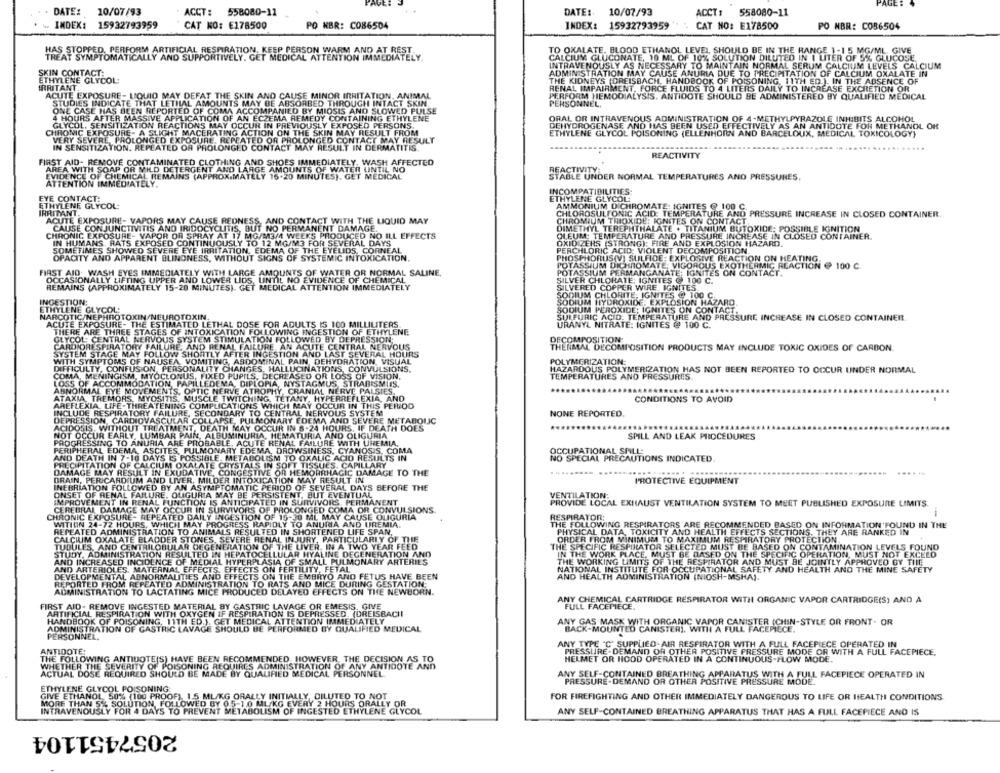
PAGE
DATE: 10/07/93
ACCT: 558080-11
DATE: 10/07/93
ACCT:
558080-11
INDEX: 15932793959
CAT KO: E178500
PO NBR: C086504
INDEX: 15932793959
CAT NO: E178500
PO NBR: C086504
HAS STOPPED, PERFORM ARTIFICIAL RESPIRATION, KEEP PERSON WARM AND AT REST
TO OXALATE. BLOOD ETHANOL LEVEL SHOULD BE IN THE RANGE 1-15 MG/ML. GIVE
TREAT SYMPTOMATICALLY AND SUPPORTIVELY. GET MEDICAL ATTENTION IMMEDIATELY.
CALCIUM GLUCONATE, 10 ML OF 10% SOLUTION DILUTED IN 1 LITER OF 5% GLUCOSE.
INTRAVENOUSLY AS NECESSARY TO MAINTAIN NORMAL SERUM CALCIUM LEVELS CALCIUM
SKIN CONTACT:
ADMIN STRATION MAY CAUSE ANURIA DUE TO PRECIPITATION OF CALCIUM OXALATE IN
ETHYLENE GLYCOL:
IRRITANT.
THE KIDNEYS (OREISBACH, HANDBOOK OF POISONING, 11TH ED.). IN THE ABSENCE OF
ACUTE EXPOSURE- LIQUID MAY DEFAT THE SKIN AND CAUSE MINOR IRRITATION, ANIMAL
RENAL IMPAIRMENT, FORCE FLUIDS TO 4 LITERS DAILY TO INCREASE EXCRETION OR
PERFORM HEMODIALYSIS. ANTIDOTE SHOULD BE ADMINISTERED BY QUALIFIED MEDICAL
STUDIES INDICATE THAT LETHAL AMOUNTS MAY BE ABSORBED THROUGH INTACT SKIN.
PERSONNEL,
ONE CASE HAS BEEN REPORTED OF COMA ACCOMPANIED BY MIOSIS AND SLOWED PULSE
4 HOURS AFTER MASSIVE APPLICATION OF AN ECZEMA REMEDY CONTAINING ETHYLENE
GLYCOL. SENSITIZATION REACTIONS MAY OCCUR IN PREVIOUSLY EXPOSED PERSONS.
DEHYDROGENASE AND HAS BEEN USED EFFECTIVELY AS AN ANTIDOTE FOR METHANOL OR
ORAL OR INTRAVENOUS ADMINISTRATION OF 4-METHYLPYRAZOLE INHIBITS ALCOHOL
CHRONIC EXPOSURE- A SLIGHT MACERATING ACTION ON THE SKIN MAY RESULT FROM
ETHYLENE GLYCOL POISONING (ELLENHORN AND BARCELOUX, MEDICAL TOXICOLOGY}
VERY SEVERE, PROLONGED EXPOSURE, REPEATED OR PROLONGED CONTACT MAY RESULT
IN SENSITIZATION. REPEATED OR PROLONGED CONTACT MAY RESULT IN DERMATITIS
REACTIVITY
FIRST AID- REMOVE CONTAMINATED CLOTHING AND SHOES IMMEDIATELY. WASH AFFECTED
AREA WITH SOAP OR MILD DETERGENT AND LARGE AMOUNTS OF WATER LINTIL NO
REACTIVITY:
EVIDENCE OF CHEMICAL REMAINS (APPROXIMATELY 16.20 MINUTES). GET MEDICAL
STABLE UNDER NORMAL TEMPERATURES AND PRESSURES,
ATTENTION IMMEDIATELY.
INCOMPATIBILITIES:
EYE CONTACT:
ETHYLENE GLYCOL
ETHYLENE GLYCOL:
AMMONIUM DICHROMATE: IGNITES @ 100 C.
IRRITANT.
CHLOROSULTONIC ACID: TEMPERATURE AND PRESSURE INCREASE IN CLOSED CONTAINER.
ACUTE EXPOSURE- VAPORS MAY CAUSE REDNESS, AND CONTACT WITH THE LIQUID MAY
CHROMIUM TRIOXIDE: IGNITES ON CONTACT
CAUSE CONJUNCTIVITIS AND IRIDOCYCLITIS, BUT NO PERMANENT DAMAGE.
DIMETHYL TEREPHTHALATE + TITANIUM BUTOXIDE; POSSIBLE IGNITION
CHRONIC EXPOSURE- VAPOR OR SPRAY AT 17 MG/M3/4 WEEKS PRODUCED NO ILL EFFECTS
OLEUM: TEMPERATURE AND
PRESSURE INCREASE IN CLOSED CONTAINER.
IN HUMANS.RATS EXPOSED CONTINUOUSLY TO 12 MG/M3 FOR SEVERAL DAYS
OXIDIZERS (STRONG): FIRE AND EXPLOSION HAZARD.
SOMETIMES SHOWED SEVERE EYE IRRITATION, EDEMA OF THE EYELIDS, CORNEAL
PERCHLORIC ACID: VIOLENT DECOMPOSITION.
OPACITY AND APPARENT BLINDNESS, WITHOUT SIGNS OF SYSTEMIC INTOXICATION.
PHOSPHORUS(VI SULFIDE:
XPLOSIVE REACTION ON HEATING.
POTASSIUM DICHROMATE; VIGOROUS EXOTHERMIC REACTION @ 100 C.
FIRST AID. WASH EYES IMMEDIATELY WITH LARGE AMOUNTS OF WATER OR NORMAL SALINE,
OCCASIONALLY LIFTING UPPER AND LOWER LIDS, UNTIL NO EVIDENCE OF CHEMICAL
SILVER CHLORATE; IGNITES @ 100 C.
POTASSIUM PERMANGANATE; IGNITES ON CONTACT.
REMAINS (APPROXIMATELY 15-20 MINUTES). GET MEDICAL ATTENTION IMMEDIATELY
SILVERED COPPER WIRE. IGNITES
SODIUM CHLORITE; IGNITES @ 100 C.
INGESTION:
SODIUM
DROXIDE: EXPLOSION HAZARD.
ETHYLENE GLYCOL:
SODIUM PEROXIDE; IGNITES ON CONTACT.
NARCOTIC NEPHROTOXIN/NEUROTOXIN.
SULFURIC ACID. TEMPERATURE AND PRESSURE INCREASE IN CLOSED CONTAINER.
ACUTE EXPOSURE- THE ESTIMATED LETHAL DOSE FOR ADULTS IS 100 MILLILITERS
URANYL NITRATE: IGNITES @ 100 C.
THERE ARE THREE STAGES OF INTOXICATION FOLLOWING INGESTION OF ETHYLENE
GLYCOL: CENTRAL NERVOUS SYSTEM STIMULATION FOLLOWED BY DEPRESSION
DECOMPOSITION
CARDIORESPIRATORY FAILU
AND RENAL FAILURE, AN ACUTE CENTRAL NERVOUS
THERMAL DECOMPOSITION PRODUCTS MAY INCLUDE TOXIC OXIDES OF CARBON.
SYSTEM STAGE MAY FOLLO
WW SHORTLY AFTER INGESTION AND LAST SEVERAL HOURS
WITH SYMPTOMS OF NAUSEA VOMITING, ABDOMINAL PAIN, DEHYDRATION, VISUAL
POLYMERIZATION:
DIFFICULTY, CONFUS ON, PE
ONAL
TY CHANGES, HALL
UCINATIONS, CONVULSIONS,
HAZARDOUS POLYMERIZATION HAS NOT BEEN REPORTED TO OCCUR UNDER NORMAL
COMA, MENINGISM, MYOCLONUS, FIXED PUPILS, DECREASED OR LOSS OF VISION,
TEMPERATURES AND PRESSURES.
LOSS OF ACCOM
MODAT
EMA, DIPLOP
A, NYSTAGMUS STRABISMIIS
ABNORMAL E
IVE ATHE
ANIAL NERVE PALSIES.
ATAXIA, TREMOR
AYOS
TICH
VPERREFLEXIA, AND
CONDITIONS TO AVOID
AREFLEXIA, LIFE-
INCLUDE RESPIRAT
COMP
ARY TO
TIONS W
Y OCCUR IN THIS PERIOD
ERVOUS SYSTEM
TRAL
NONE REPORTED.
DEPRESSION, CARDI
ACIDOSIS.
MA AND SEVERE METABOLIC
HOURS. IF DEATH DOES
NOT OCCU
OCCU
AND OLIGURIA
PROGRESS
TRIA
HEMAT
TURIA
TURE WITH UREMIA
SPILL AND LEAK PROCEDURES
RIPHERAL EDEMA
OCH
ACUI
CUITE R
RENAL
SINES
. CYANOSIS, COMA
ID DEATH IN 7-10
Y EDEMA, D
OXALIC ACID RESULTS IN
OCCUPATIONAL SPILL:
LC PITATION OF C
ABOLISM T
SOFT
CAPILLARY
NO SPECIAL PRECAUTIONS INDICATED
IMAGE MAY RESUL
ALS IN
EMORRHAGIC DAMAGE TO THE
.....
AIN, PERICARDIUM
TAY F
ULT IN
PROTECTIVE EQUIPMENT
INEBRIATION
EBRIATION FOLLOW
ATIC PERIO
SEVERAL DAYS BEFORE THE
ONSET OF RENAL FAI
Y BE PE
TENT
BUT EVENTUAL
VENTILATION;
IMPROV
VIVORS,PERMANENT
PROVIDE LOCAL EXHAUST VENTILATION SYSTEM TO MEET PUBLISHED EXPOSURE LIMITS.
CEREBRAL DAM
URVIVORS OF P
GED COMA OR CONVULSIONS.
CHRONIC EXPOSURE- RE
TION OF 15-20
MAY CAUSE OLIGURIA
RESPIRATOR:
WITIDIN 24-721
URS, W
A AND UREMIA
THE FOLLOWING RESPIRATORS ARE RECOMMENDED BASED ON INFORMATION FOUND IN THE
REPEATED ADMINISTRATION
TO A
TED IN SHORTENED LIFE SPAN,
PHYSICAL DATA, TOXICITY AND HEALTH EFFECTS SECTIONS, THEY ARE RANKED IN
CALCIUM OXALATE BLA
PARTICULARLY OF THE
ORDER FROM MINIMUM TO MAXIMUM RESPIRATORY PROTECTION.
TUBULES, AND CENTRILO
IN A TWO YEAR FEED
THE SPECIFIC RESPIRATOR SELECTED MUST BE BASED ON CONTAMINATION LEVELS FOUND
STUDY, ADMINISTRATION RESULTED
OCEL
ULAR HYALINE DEGENERATION AND
IN THE WORK PLACE, MUST BE BASED ON THE SPECIFIC OPERATION, MUST NOT EXCEED
AND INCREASED INCIDENC
OF MEDIAL HYPERPLASIA OF SMALL PULMONARY ARTERIES
THE WORKING LIMITS OF THE RESPIRATOR AND MUST BE JOINTLY APPROVED BY THE
AND ARTERIOLES. MATERNAL EFFECTS. EFFECTS ON FERTILITY, FETAL
NATIONAL INSTITUTE FOR OCCUPATIONAL SAFETY AND HEALTH AND THE MINE SAFETY
DEVELOPMENTAL ABNORMALITIES AND EFFECTS ON THE EMBRYO AND FETUS HAVE BEEN
AND HEALTH ADMINISTRATION (NIOSH-MSHA).
REPORTED FROM REPEATED ADMINISTRATION TO RATS AND MICE DURING GESTATION;
ADMINISTRATION TO LACTATING MICE PRODUCED DELAYED EFFECTS ON THE NEWBORN.
ANY CHEMICAL CARTRIDGE RESPIRATOR WITH ORGANIC VAPOR CARTRIDGE(S) AND A
FIRST AID- REMOVE INGESTED MATERIAL BY GASTRIC LAVAGE OR EMESIS. GIVE
FULL FACEPIECE.
ARTIFICIAL RESPIRATION WITH OXYGEN IF RESPIRATION IS DEPRESSED. (DREISBACII
HANDBOOK OF POISONING, 11TH ED.). GET MEDICAL ATTENTION IMMEDIATELY
ADMINISTRATION OF GASTRIC LAVAGE SHOULD BE PERFORMED BY QUALIFIED MEDICAL
ANY GAS MASK WITH ORGANIC VAPOR CANISTER (CHIN-STYLE OR FRONT - OR
PERSONNEL.
BACK-MOUNTED CANISTERS, WITH A FULL FACEPIECE.
ANTIDOTE:
ANY TYPE "C" SUPPLIED-AIR RESPIRATOR WITH A FULL FACEPIECE OPERATED IN
THE FOLLOWING ANTIDOTE(S) HAVE BEEN RECOMMENDED, HOWEVER, THE DECISION AS TO
PRESSLIRE. DEMAND OR OTHER POSITIVE PRESSURE MODE OR WITH A FULL FACEPIECE.
HELMET OR HOOD OPERATED IN A CONTINUOUS-FLOW MODE.
WHETHER THE SEVERITY OF POISONING REQUIRES ADMINISTRATION OF ANY ANTIDOTE AND
ACTUAL DOSE REQUIRED SHOULD BE MADE BY QUALIFIED MEDICAL PERSONNEL.
ANY SELF-CONTAINED BREATHING APPARATUS WITH A FULL FACEPIECE OPERATED IN
PRESSURE-DEMAND OR OTHER POSITIVE PRESSURE MODE.
ETHYLENE GLYCOL POISONING
GIVE ETHANOL 50% (100 PROOF), 1.5 ML/KG ORALLY INITIALLY, DILUTED TO NOT
FOR FIREFIGHTING AND OTHER IMMEDIATELY DANGEROUS TO LIFE OR HEALTH CONDITIONS
MORE THAN 5% SOLUTION, FOLLOWED BY 05-1 0 ML/KG EVERY 2 HOURS ORALLY OR
INTRAVENOUSLY FOR 4 DAYS TO PREVENT METABOLISM OF INGESTED ETHYLENE GLYCOL
ANY SELF-CONTAINED BREATHING APPARATUS THAT HAS A FULL FACEPIECE AND IS
2057451104